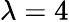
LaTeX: \lambda=4